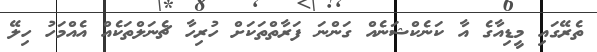
ތެރޭގައި މީޑިއާގެ އާ ކަނެކްޝަނެއް ގަންނަ ފަރާތްތަކަށް ހުރިހާ ޗެނަލްތަކެއް އެއްމަހު ހިލޭ